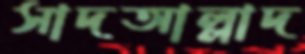
সাদআল্লাদ